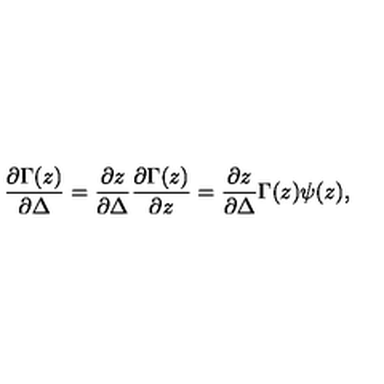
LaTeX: { \frac { \partial \Gamma ( z ) } { \partial \Delta } } = { \frac { \partial z } { \partial \Delta } } { \frac { \partial \Gamma ( z ) } { \partial z } } = { \frac { \partial z } { \partial \Delta } } \Gamma ( z ) \psi ( z ) ,